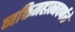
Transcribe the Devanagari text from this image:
व्यक्तिमहात्मवर्णने